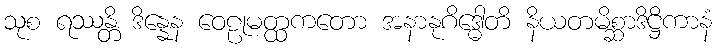
သုစ ရဿန္တိ ဒိန္နေန ဝေဠုမတ္ထကတော အနာနုဂိဒ္ဓေါတိ နိယတမိစ္ဆာဒိဋ္ဌိကာနံ